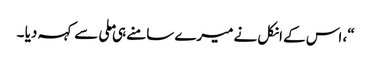
“، اس کے انکل نے میرے سامنے ہی ملی سے کہہ دیا ۔